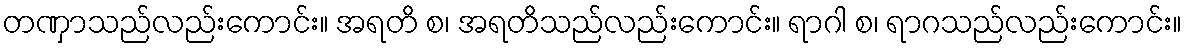
တဏှာသည်လည်းကောင်း။ အရတိ စ၊ အရတိသည်လည်းကောင်း။ ရာဂါ စ၊ ရာဂသည်လည်းကောင်း။